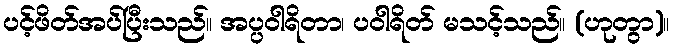
ပင့်ဖိတ်အပ်ပြီးသည်။ အပ္ပဝါရိတာ၊ ပဝါရိတ် မသင့်သည်။ (ဟုတွာ)။